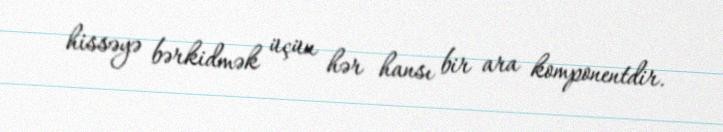
hissəyə bərkidmək üçün hər hansı bir ara komponentdir.